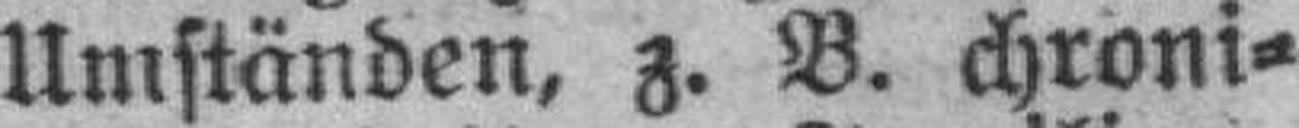
Umständen, z. B. chroni¬